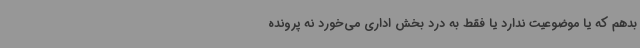
بدهم که یا موضوعیت ندارد یا فقط به درد بخش اداری می‌خورد نه پرونده